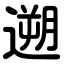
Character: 遡